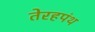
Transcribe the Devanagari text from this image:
तेरहपंथ